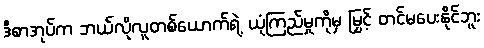
ဒီစာအုပ်က ဘယ်လိုလူတစ်ယောက်ရဲ့ ယုံကြည်မှုကိုမှ မြှင့် တင်မပေးနိုင်ဘူး